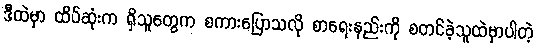
ဒီထဲမှာ ထိပ်ဆုံးက ရှိသူတွေက စကားပြောသလို စာရေးနည်းကို စတင်ခဲ့သူထဲမှာပါတဲ့